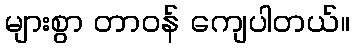
များစွာ တာဝန် ကျေပါတယ်။